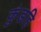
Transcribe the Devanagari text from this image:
कुंडहि